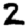
Digit: 2